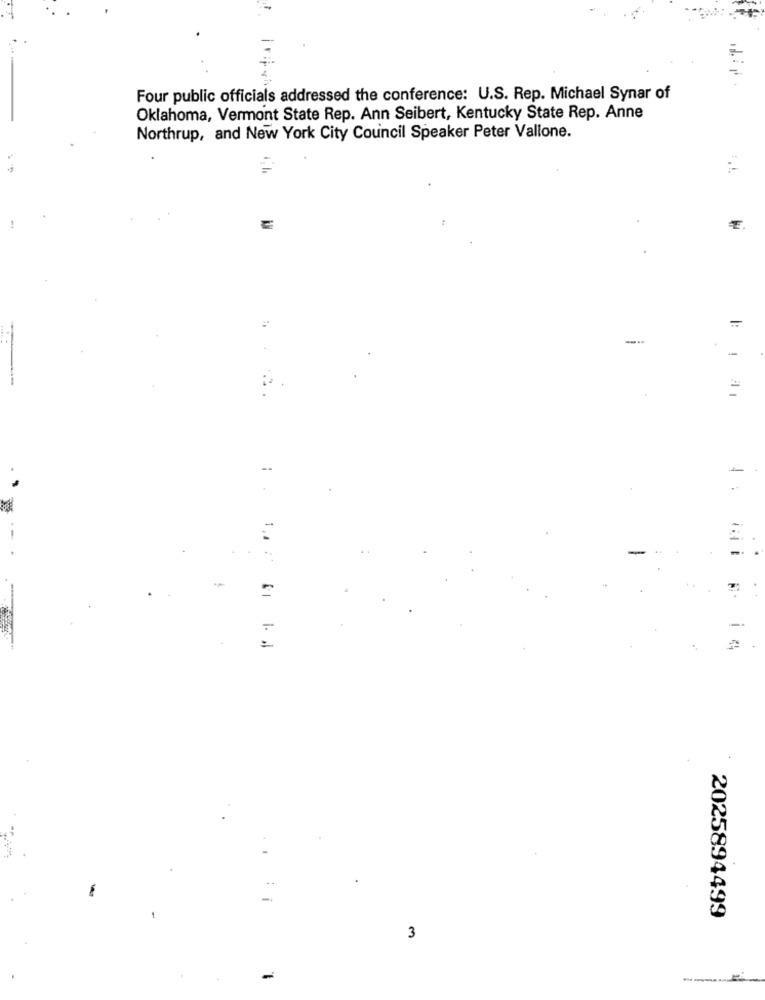
Four public officials addressed the conference: U.S. Rep. Michael Synar of
Oklahoma, Vermont State Rep. Ann Seibert, Kentucky State Rep. Anne
Northrup, and New York City Council Speaker Peter Vallone.
-
-..
-
....
=
2025894499
3